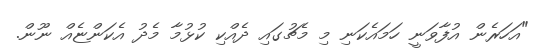
"އަހަރެން އުފާވަނީ ހަމައެކަނި މި މެޗުގައި ދެއްކި ކުޅުމާ މެދު އެކަންޏެއް ނޫން.